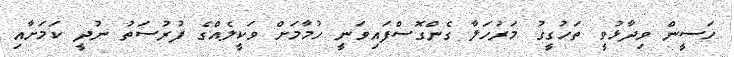
ހަސީން ވިދާޅުވީ ތަހުގީގު މަރުހަލާ ގެންގޮސްފައިވަނީ ހުމާމަށް ވަކީލެއްގެ ފުރުސަތު ނުދީ ކަމަށާއި